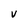
Character: V